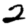
Digit: 2